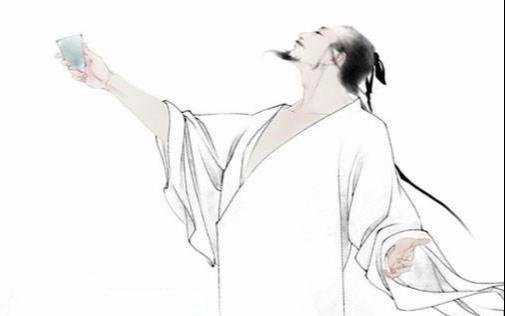
痴儿不知父子礼，叫怒索饭啼门东。